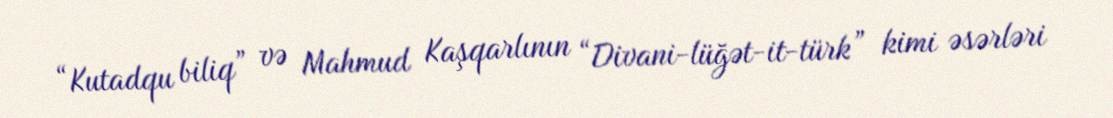
“Kutadqu biliq” və Mahmud Kaşqarlının “Divani-lüğət-it-türk” kimi əsərləri